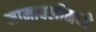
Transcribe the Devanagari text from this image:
नामावलीमध्ये